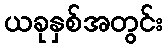
ယခုနှစ်အတွင်း